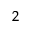
_ { 2 }